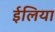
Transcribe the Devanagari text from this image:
ईलिया